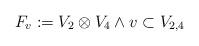
LaTeX: \begin{align*} F_v:=V_2\otimes V_4\wedge v\subset V_{2,4} \end{align*}